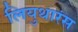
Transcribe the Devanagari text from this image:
लियुथारंस